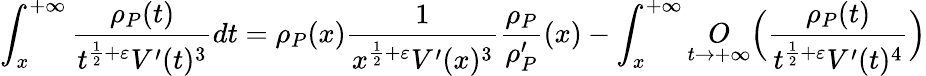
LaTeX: \int_{x}^{+\infty}\frac{\rho_{P}(t)}{t^{\frac{1}{2}+\varepsilon}V^{\prime}(t)^{3}}dt=\rho_{P}(x)\frac{1}{x^{\frac{1}{2}+\varepsilon}V^{\prime}(x)^{3}}\frac{\rho_{P}}{\rho_{P}^{\prime}}(x)-\int_{x}^{+\infty}\underset{t\rightarrow+\infty}{O}\Big(\frac{\rho_{P}(t)}{t^{\frac{1}{2}+\varepsilon}V^{\prime}(t)^{4}}\Big)